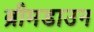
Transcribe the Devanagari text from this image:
ब्रीमडाउन